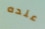
عنده